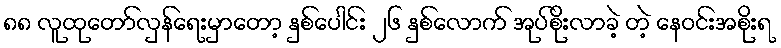
၈၈ လူထုတော်လှန်ရေးမှာတော့ နှစ်ပေါင်း ၂၆ နှစ်လောက် အုပ်စိုးလာခဲ့ တဲ့ နေဝင်းအစိုးရ